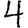
Digit: 4